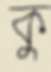
কু